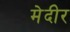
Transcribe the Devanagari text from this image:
मेदीर